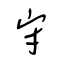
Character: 守